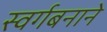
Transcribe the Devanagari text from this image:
स्वर्गबनाने